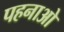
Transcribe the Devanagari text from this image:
पहनाओ